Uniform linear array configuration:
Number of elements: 48
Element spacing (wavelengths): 1
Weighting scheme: hamming
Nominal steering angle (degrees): -45
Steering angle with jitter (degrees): -45.405
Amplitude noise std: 0.05
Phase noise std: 0.05

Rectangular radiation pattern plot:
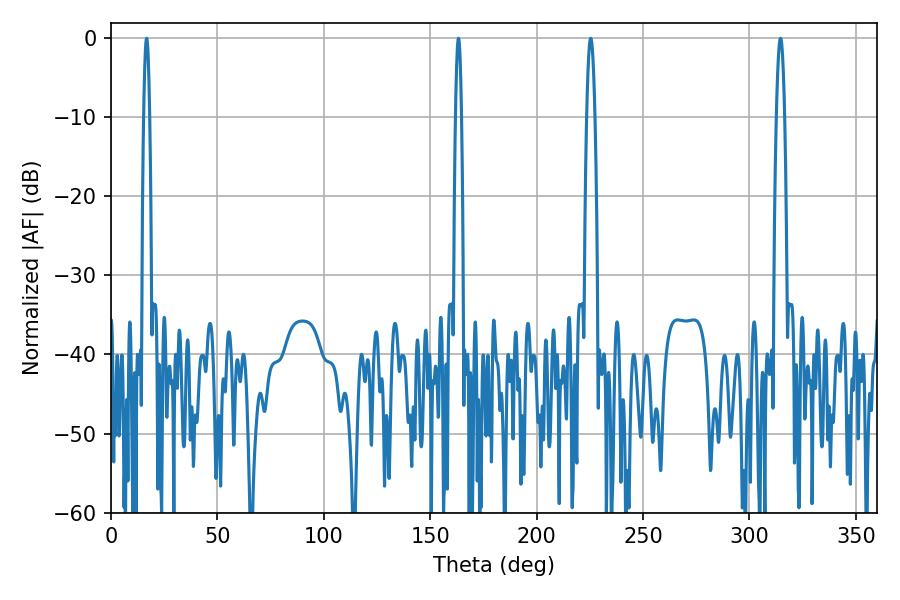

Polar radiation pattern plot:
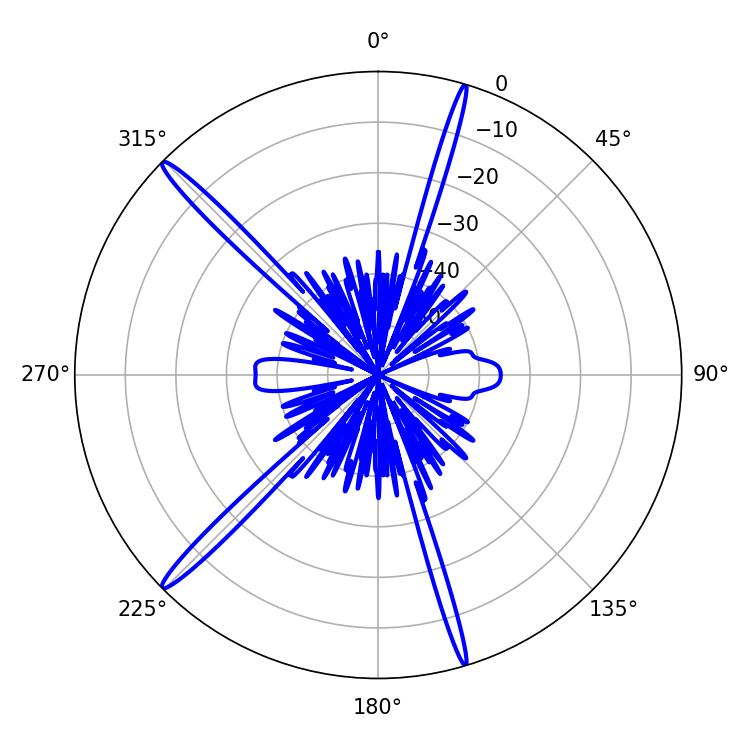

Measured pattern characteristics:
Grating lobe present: TRUE
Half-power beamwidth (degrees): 1.44
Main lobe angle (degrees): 16.74